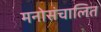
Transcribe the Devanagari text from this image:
मनोसंचालित